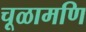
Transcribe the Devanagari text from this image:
चूळामणि